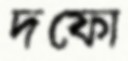
দফো